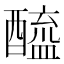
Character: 醯